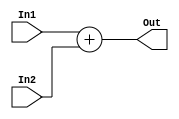
module ADDER (
    input wire [31:0] In1,
    input wire [31:0] In2,
    output wire [31:0] Out
);
 assign Out=In1+In2;
endmodule